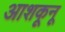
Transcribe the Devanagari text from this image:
आशकूनू